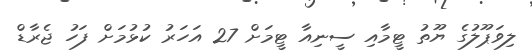
ލިވަޕޫލުގެ ޔޫތު ޓީމާއި ސީނިއާ ޓީމަށް 27 އަހަރު ކުޅުމަށް ފަހު ޖެރާޑް